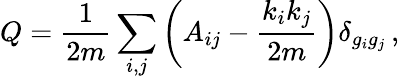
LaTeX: Q=\frac{1}{2m}\sum_{i,j}\left(A_{ij}-\frac{k_{i}k_{j}}{2m}\right)\delta_{g_{i}g_{j}}\, ,